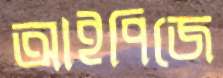
আইপিজে